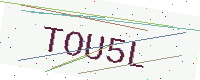
Text: TOU5L